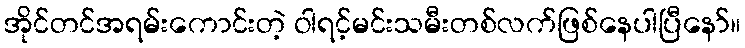
အိုင်တင်အရမ်းကောင်းတဲ့ ဝါရင့်မင်းသမီးတစ်လက်ဖြစ်နေပါပြီနော်။